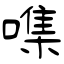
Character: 㗱